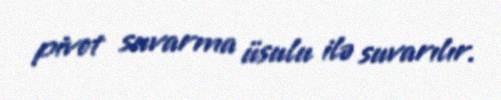
pivot suvarma üsulu ilə suvarılır.